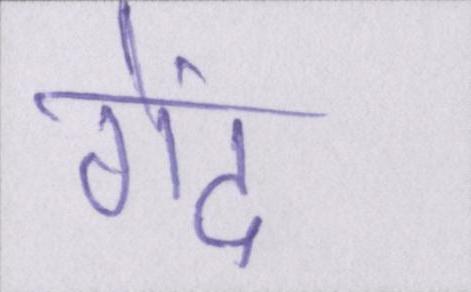
गेंद